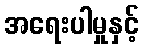
အရေးပါမှုနှင့်